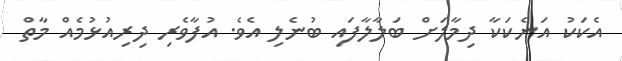
އެކަކު އަނެކަކާ ދިމާލަށް ބަލާލާފައި ބުނެލި އެވެ. އުފާވެރި ދިރިއުޅުމެއް މާތް